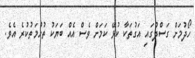
ހޯދުމަށް ގަސްދުގައި އަގުތަކާ ކުޅޭ ކަމަށް ވެސް އެއް ބަޔަކު ތުހުމަތުކުރެ އެވެ.